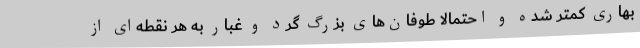
بهاری کمتر شده و احتمالا طوفان‌های بزرگ گرد و غبار به هر نقطه‌ای از